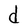
Character: d